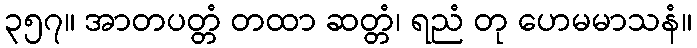
၃၅၇။ အာတပတ္တံ တထာ ဆတ္တံ၊ ရညံ တု ဟေမမာသနံ။